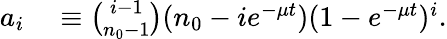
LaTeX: \begin{array}{rl}{a_{i}}&{{}\equiv{\binom{i-1}{n_{0}-1}}(n_{0}-ie^{-\mu t})(1-e^{-\mu t})^{i}.}\end{array}